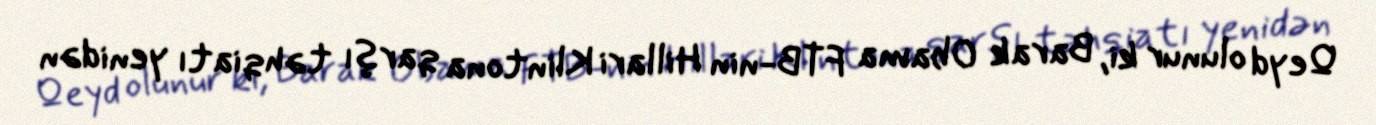
Qeyd olunur ki, Barak Obama FTB-nin Hillari Klintona qarşı təhqiatı yenidən